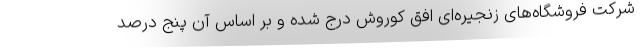
شرکت فروشگاه­های زنجیره­ای افق کوروش درج شده و بر اساس آن پنج درصد